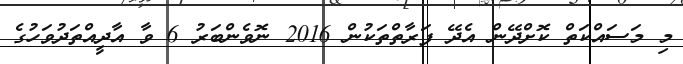
މި މަސައްކަތް ކޮށްދޭން އެދޭ ފަރާތްތަކުން 2016 ނޮވެންބަރު 6 ވާ އާދީއްތަދުވަހުގެ